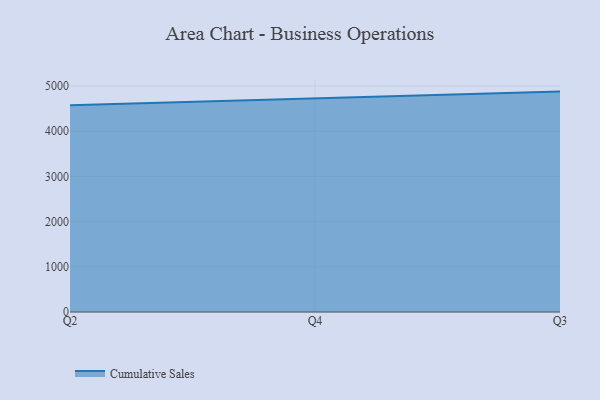
{"axis": {"x": "Quarter", "y": "Bounce Rate (%)"}, "legend": ["Cumulative Sales"], "data": [{"x": "Q2", "y": 4571.2, "type": "Cumulative Sales"}, {"x": "Q4", "y": 4724.6, "type": "Cumulative Sales"}, {"x": "Q3", "y": 4875.5, "type": "Cumulative Sales"}]}